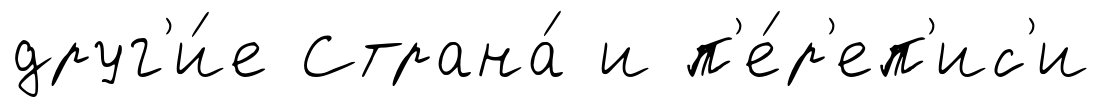
друг'и́е Страна́ и п'е́р'еп'ис'и